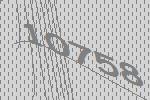
10758